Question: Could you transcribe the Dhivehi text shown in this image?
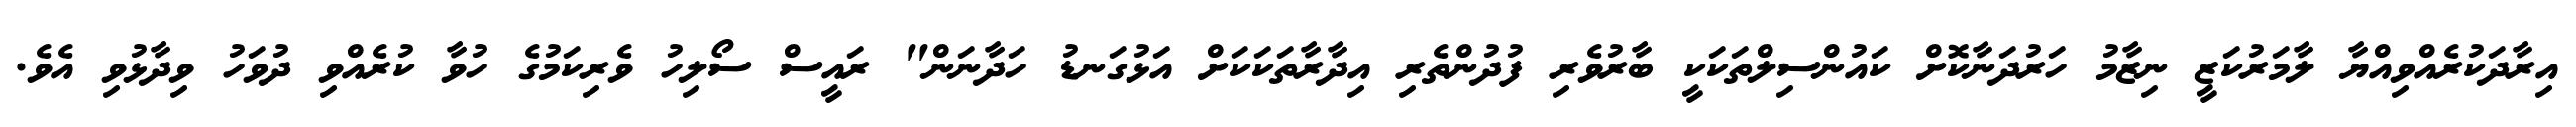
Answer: އިރާދަކުރެއްވިއްޔާ ލާމަރުކަޒީ ނިޒާމު ހަރުދަނާކޮށް ކައުންސިލްތަކަކީ ބާރުވެރި ފުދުންތެރި އިދާރާތަކަކަށް އަޅުގަނޑު ހަދާނަން" ރައީސް ސޯލިހު ވެރިކަމުގެ ހުވާ ކުރެއްވި ދުވަހު ވިދާޅުވި އެވެ.